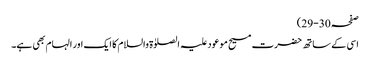
صفحہ 30-29)
اسی کے ساتھ حضرت مسیح موعود علیہ الصلوٰۃ والسلام کا ایک اور الہام بھی ہے۔